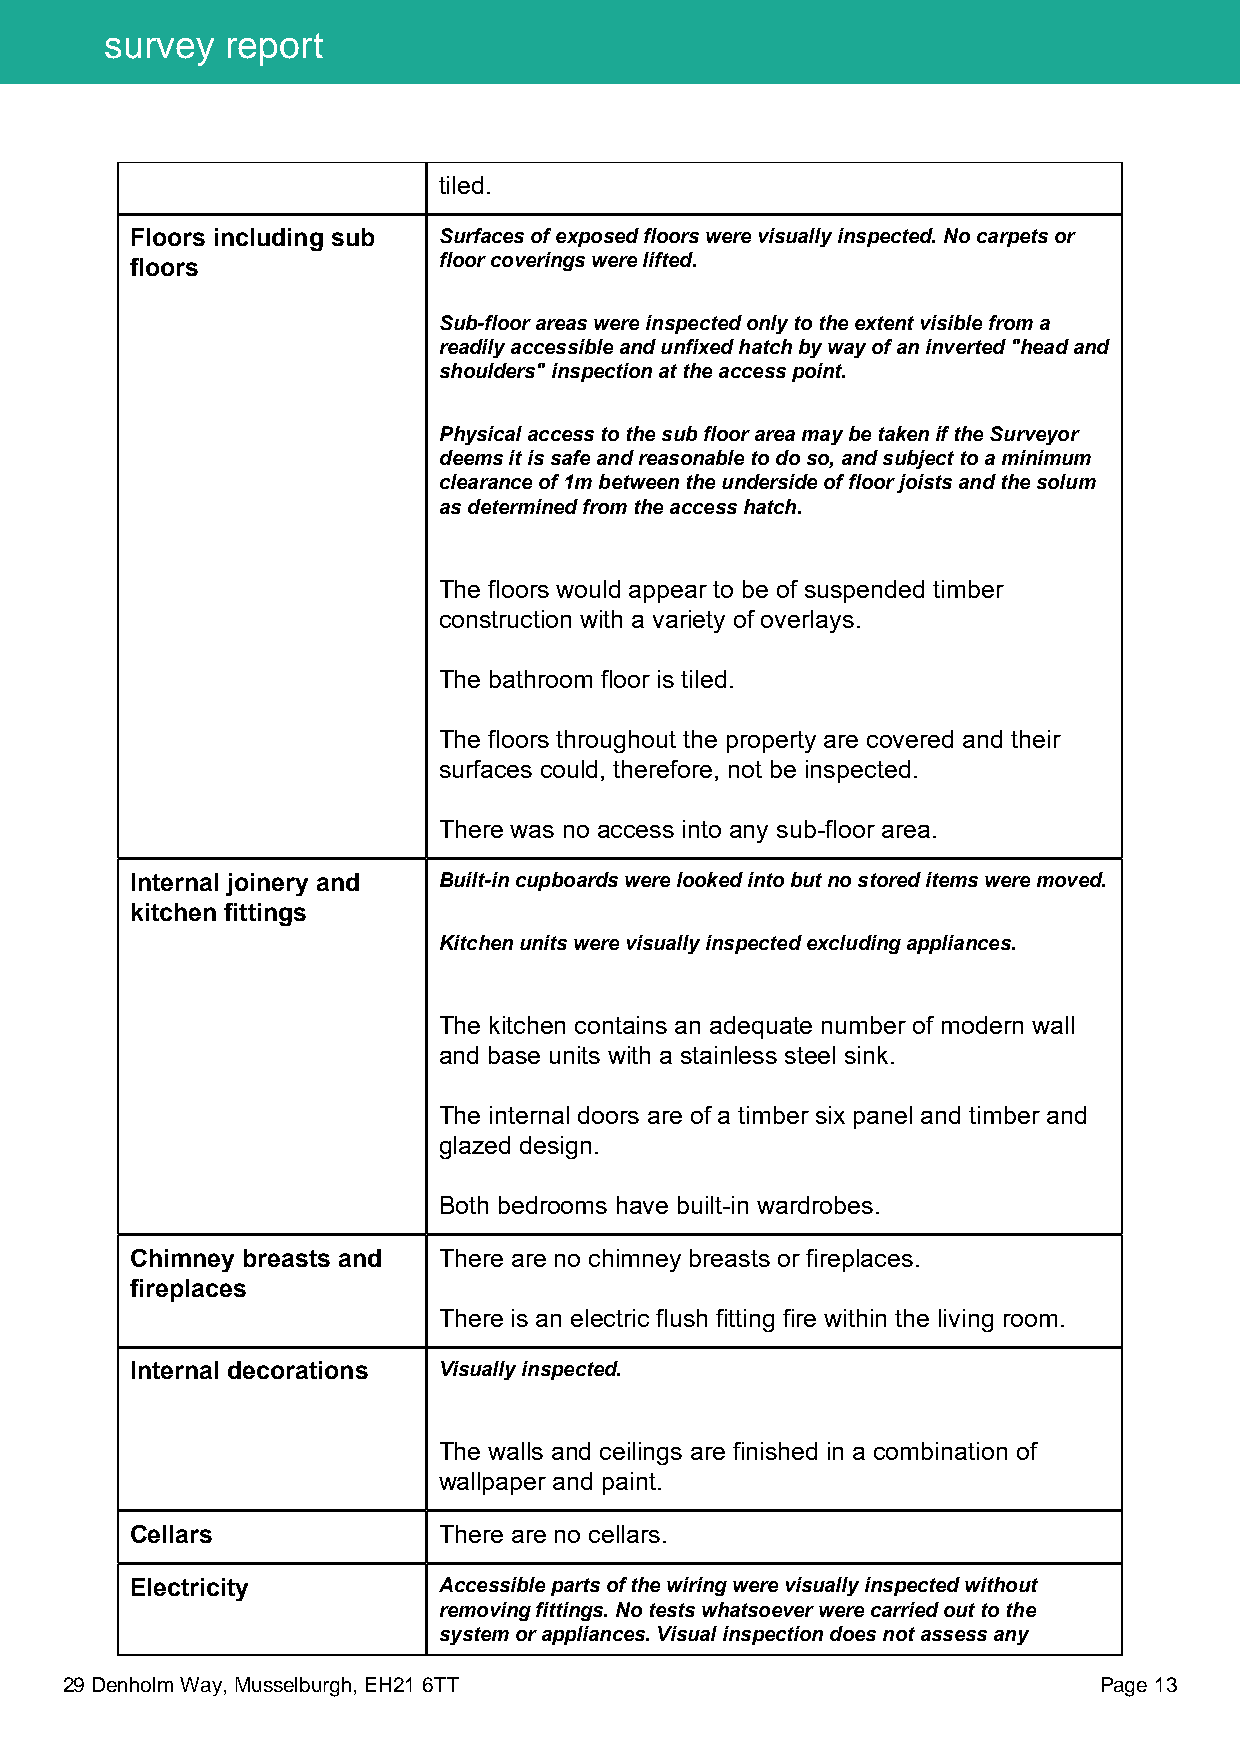
survey  report
 tiled.
 Floors including sub Surfaces of exposed floors were visually inspected. No carpets or
 floors              floor coverings were lifted.
 Sub-floor areas were inspected only to the extent visible from a
 readily accessible and unfixed hatch by way of an inverted "head and
 shoulders" inspection at the access point.
 Physical access to the sub floor area may be taken if the Surveyor
 deems it is safe and reasonable to do so, and subject to a minimum
 clearance of 1m between the underside of floor joists and the solum
 as determined from the access hatch.
 The floors would appear to be of suspended timber
 construction with a variety of overlays.
 The bathroom floor is tiled.
 The floors throughout the property are covered and their
 surfaces could, therefore, not be inspected.
 There was no access into any sub-floor area.
 Internal joinery and Built-in cupboards were looked into but no stored items were moved.
 kitchen fittings
 Kitchen units were visually inspected excluding appliances.
 The kitchen contains an adequate number of modern wall
 and base units with a stainless steel sink.
 The internal doors are of a timber six panel and timber and
 glazed design.
 Both bedrooms have built-in wardrobes.
 Chimney breasts and There are no chimney breasts or fireplaces.
 fireplaces
 There is an electric flush fitting fire within the living room.
 Internal decorations Visually inspected.
 The walls and ceilings are finished in a combination of
 wallpaper and paint.
 Cellars             There are no cellars.
 Electricity         Accessible parts of the wiring were visually inspected without
 removing fittings. No tests whatsoever were carried out to the
 system or appliances. Visual inspection does not assess any
 29 Denholm Way, Musselburgh, EH21 6TT                                Page 13